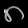
Digit: ၈